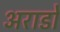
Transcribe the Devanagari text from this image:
अराडो